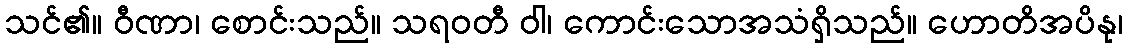
သင်၏။ ဝီဏာ၊ စောင်းသည်။ သရဝတီ ဝါ၊ ကောင်းသောအသံရှိသည်။ ဟောတိအပိနု၊